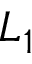
L _ { 1 }